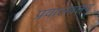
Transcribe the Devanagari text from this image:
प्रवालवलय